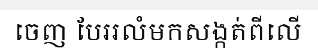
ចេញ បែររលំមកសង្កត់ពីលើ